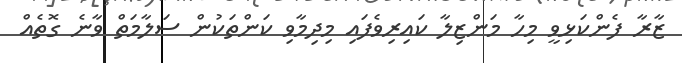
ޒާރާ ފެންކަޅިވީ މިހާ މަންޒިލާ ކައިރިވެފައި މިދިމާވި ކަންތަކުން ސަލާމަތް ވާނެ ގޮތެއް